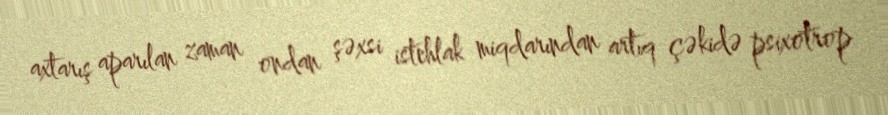
axtarış aparılan zaman ondan şəxsi istehlak miqdarından artıq çəkidə psixotrop